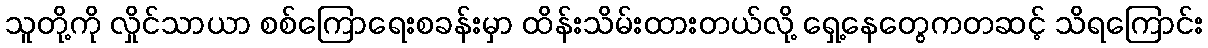
သူတို့ကို လှိုင်သာယာ စစ်ကြောရေးစခန်းမှာ ထိန်းသိမ်းထားတယ်လို့ ရှေ့နေတွေကတဆင့် သိရကြောင်း